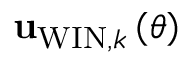
{ \bf u } _ { \mathrm { W I N } , k } \left( \theta \right)